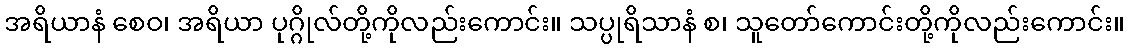
အရိယာနံ စေဝ၊ အရိယာ ပုဂ္ဂိုလ်တို့ကိုလည်းကောင်း။ သပ္ပုရိသာနံ စ၊ သူတော်ကောင်းတို့ကိုလည်းကောင်း။